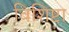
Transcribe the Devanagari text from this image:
विशिष्टा